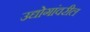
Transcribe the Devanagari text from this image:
उद्योगांवरील